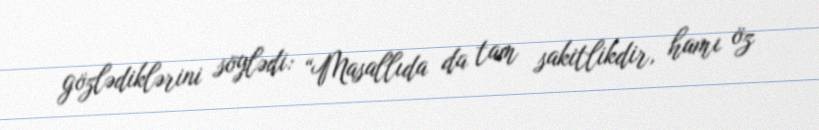
gözlədiklərini söylədi: “Masallıda da tam sakitlikdir, hamı öz